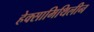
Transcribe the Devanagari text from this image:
हेक्सामिथिलीन